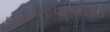
હાયપરપોલીટીક